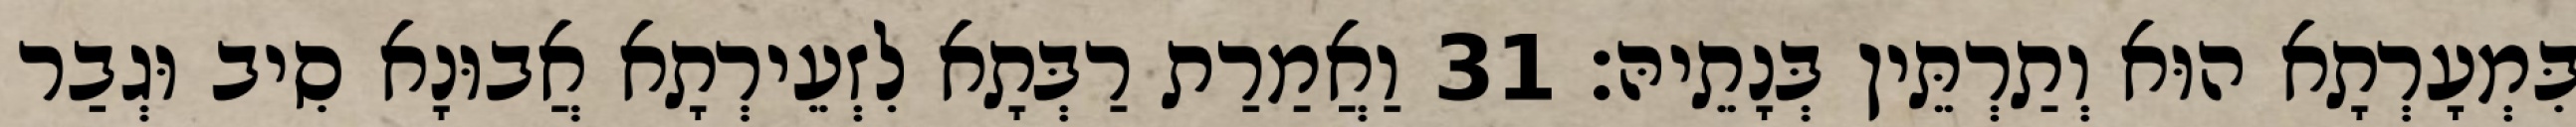
בִּמְעָרְתָא הוּא וְתַרְתֵּין בְּנָתֵיהּ׃ 31 וַאֲמַרַת רַבְּתָא לִזְעֵירְתָא אֲבוּנָא סִיב וּגְבַר